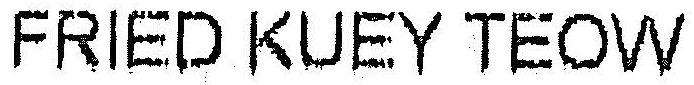
FRIED KUEY TEOW